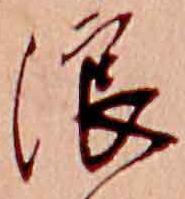
浪